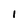
Character: 1